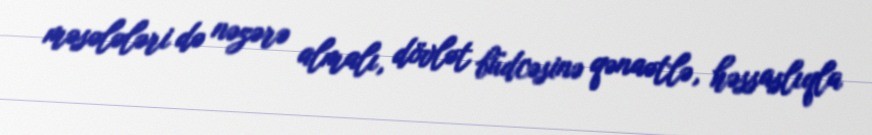
məsələləri də nəzərə almalı, dövlət büdcəsinə qənaətlə, həssaslıqla